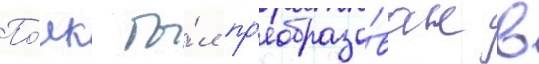
По́лк бы́л пр'еобразо́ван в